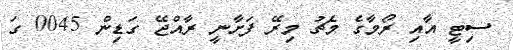
ސިޓީ އާއި ރޯމާގެ މެޗު މިރޭ ފަށާނީ ރާއްޖޭ ގަޑިން 0045 ގަ